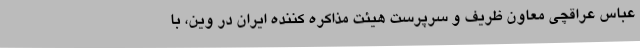
عباس عراقچی معاون ظریف و سرپرست هیئت مذاکره کننده ایران در وین، با